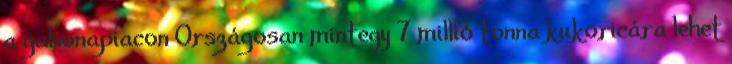
a gabonapiacon Országosan mintegy 7 millió tonna kukoricára lehet